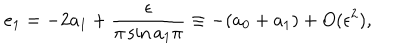
LaTeX: e _ { 1 } = - 2 a _ { 1 } + \frac { \epsilon } { \pi \sin a _ { 1 } \pi } \equiv - ( a _ { 0 } + a _ { 1 } ) + O ( \epsilon ^ { 2 } ) ,